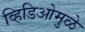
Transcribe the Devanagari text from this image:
व्हिडिओमुळे